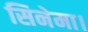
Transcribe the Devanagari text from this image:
सिनेमा।